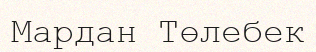
Мардан Төлебек